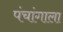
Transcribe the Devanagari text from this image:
पंचांगाला